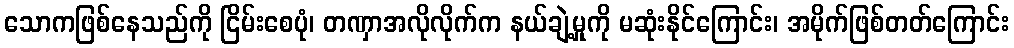
သောကဖြစ်နေသည်ကို ငြိမ်းစေပုံ၊ တဏှာအလိုလိုက်က နယ်ချဲ့မှုကို မဆုံးနိုင်ကြောင်း၊ အမိုက်ဖြစ်တတ်ကြောင်း